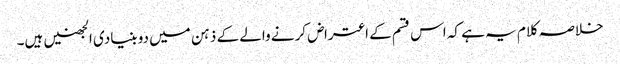
خلاصہ کلام یہ ہے کہ اس قسم کے اعتراض کرنے والے کے ذہن میں دو بنیادی الجھنیں ہیں۔